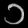
Digit: ၁